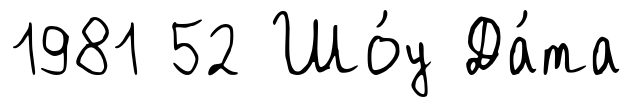
1981 52 Шо́у Да́та